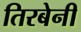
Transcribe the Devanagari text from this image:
तिरबेनी